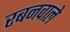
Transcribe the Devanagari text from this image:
रबनवाले